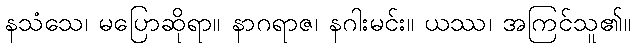
နသံသေ၊ မပြောဆိုရာ။ နာဂရာဇ၊ နဂါးမင်း။ ယဿ၊ အကြင်သူ၏။